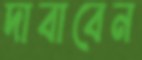
দাবাবেন